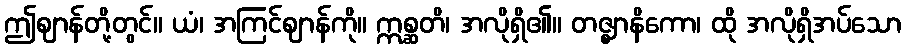
ဤဈာန်တို့တွင်။ ယံ၊ အကြင်ဈာန်ကို။ ဣစ္ဆတိ၊ အလိုရှိ၏။ တဇ္ဈာနိကော၊ ထို အလိုရှိအပ်သော